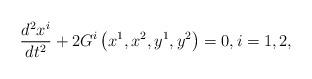
LaTeX: \begin{align*} \frac{d^2x^i}{dt^2}+2G^i\left(x^1,x^2,y^1,y^2\right)=0,i=1,2,\end{align*}